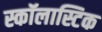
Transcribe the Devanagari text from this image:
स्कॉलास्टिक